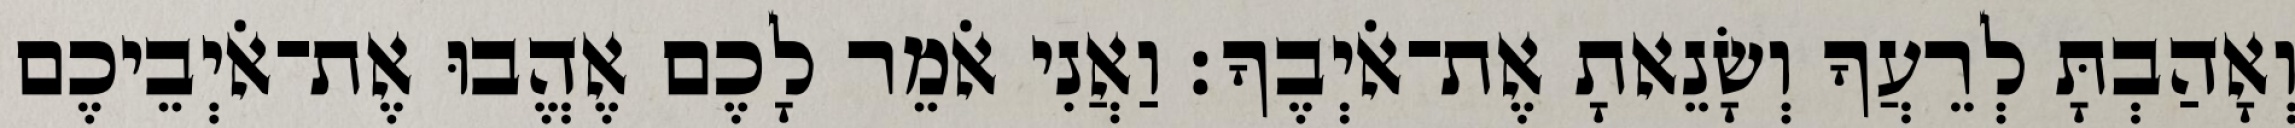
וְאָהַבְתָּ לְרֵעֲךָ וְשָׂנֵאתָ אֶת־אֹיְבֶךָ׃ וַאֲנִי אֹמֵר לָכֶם אֶהֱבוּ אֶת־אֹיְבֵיכֶם